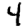
Digit: 4